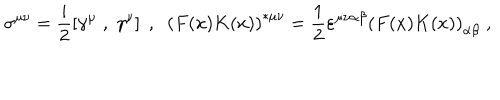
LaTeX: \sigma ^ { \mu \nu } = \frac { i } { 2 } \left[ \gamma ^ { \mu } \; , \; \gamma ^ { \nu } \right] \; , \; \; \left( F ( x ) K ( x ) \right) ^ { \ast \mu \nu } = \frac { 1 } { 2 } \varepsilon ^ { \mu \nu \alpha \beta } \left( F ( x ) K ( x ) \right) _ { \alpha \beta } \; ,